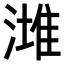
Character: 𣼭